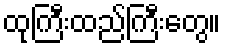
ထုကြီးထည်ကြီးတွေ။